King Institute of Preventive Medicine Micro-Biological Section reports 1909-11
Year: 1909
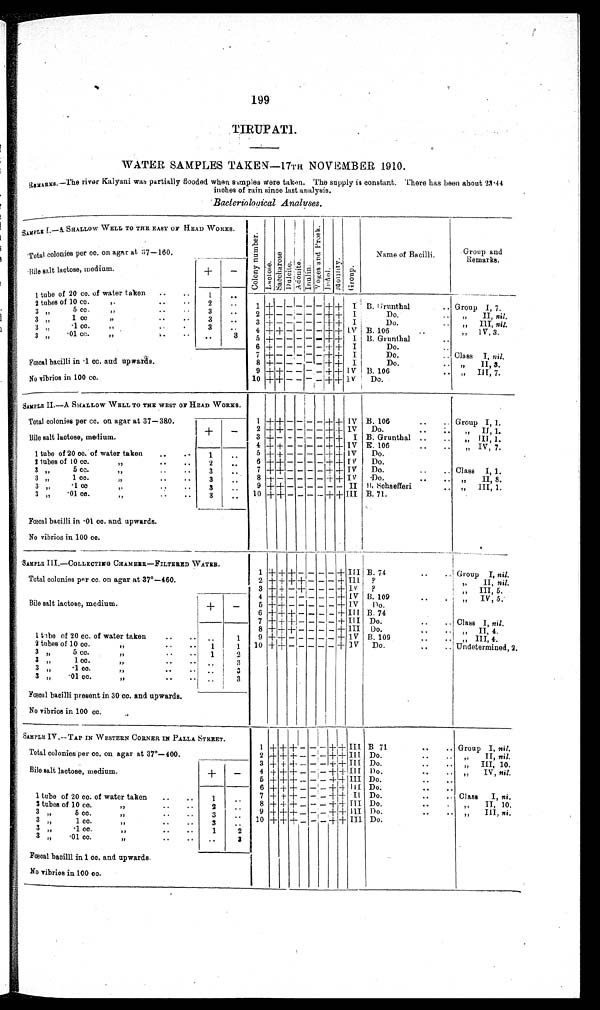
199
WATER SAMPLES TAKEN—17TH NOVEMBER 1910.
REMARKS.—The river Kalyani was partially flooded when samples were taken. The supply is constant. There has been about 23·44
inches of rain since last analysis.
Bacteriological Analyses
.
SAMPLE I.—A SHALLOW WELL TO THE EAST OF HEAD WORKS.
C o l o n y n u m b e r .
Lact ose.Sacchar os e. Dul ci t e.Adoni t e.Inulin.V o g e s a n d P r o s k . Indol.Mot i l i t y. Group.
Names of Bacilli.
Group and Remarks.
Total colonies per cc. on agar at 37–160.
Bile salt lactose, medium.
+
−
1 tube of 20 cc. of water taken
1
2 tubes of 10 cc. „
2
1
+
− − − − −
+ +
I
B. Grunthal
Group I, 7.
3
„
5 cc. „
3
2
+
− − − − −
+ +
I
Do.
„ II, nil.
3 „ 1 cc. „
3
3
+
− − − − −
+ +
I
Do.
„ III, nil.
3
„
·1 cc. „
3
4
+ +
− − − −
+ +
IV B. 106
„ IV, 3.
3
„
·01 cc. „
3
5
+
− − − − −
+ +
I B. Grunthal
6
+
− − − − −
+ +
I
Do.
7
+
− − − − −
+ +
I
Do.
Class I, nil.
Fœcal bacilli in ·1 cc. and upwards.
8
+
− − − − −
+ +
I
Do.
„ II, 3.
9
+ +
− − − −
+ +
IV B. 106
„ III, 7.
No vibrios in 100 cc.
10
+ +
− − − −
+ +
IV
Do.
SAMPLE II.—A SHALLOW WELL TO THE WEST OF HEAD WORKS.
Total colonies per cc. on agar at 37–380.
1
+ +
− − − −
+ +
IV B. 106
Group I, 1.
+
−
2
+ +
− − − −
+ +
IV
Do.
„
II,
1.
Bile salt lactose, medium.
3
+
− − − − −
+ +
I B. Grunthal
„ III, 1.
4
+ +
− − − −
+ +
IV E. 106
„ IV, 7.
1 tube of 20 cc. of water taken
1
5
+ +
− − − −
+ +
IV
Do.
2 tubes of 10 cc. ,,
2
6
+ +
− − − −
+ +
IV
Do.
3 „ 5 cc. „
3
7
+ +
− − − −
+ +
IV
Do.
Class I, 1.
3 „ 1 cc. „
3
8
+
− − − − −
+ +
IV
Do.
„ II, 8.
3 „ ·1 cc. „
3
9
+ +
− − − − − − II B. Schaefferi
„ III, 1.
3 „ ·01 cc. „
3
10
+ +
− − − −
+ +
I I I B. 71.
Fœcal bacilli in ·01 cc. and upwards.
No vibrios in 100 cc.
SAMPLE III.—COLLECTING CHAMBER—FILTERED WATER.
1
+ + +
− − − −
+
III B. 74
Group I, nil.
Total colonies per cc. on agar at 37°–460.
2
+ + + +
− − −
+
III
?
„ II, nil.
3
+ +
−
+
− − −
+
IV
?
„ III, 5.
4
+ +
− − − − −
+
IV B. 109
„ IV, 5.
Bile salt lactose, medium.
+
−
5
+ +
− − − − −
+
IV
Do.
6
+ + +
− − − −
+
III B. 74
7
+ + +
− − − −
+
III Do.
Class I, nil.
8
+ + +
− − − −
+
III Do.
,, II, 4.
1 tube of 20 cc. of water taken
1
9
+ +
− − − − −
+
IV B. 109
„
III,
4.
2 tubes of 10 cc. „
1
1
10
+ +
− − − − −
+
IV
Do.
Undetermined, 2
3
„
5 cc. „
1
2
3 „ 1 cc. „
3
3 „
·1 cc. „
3
3 „ ·01 cc. „
3
Fœcal bacilli present in 30 cc. and upwards.
No vibrios in 100 cc.
SAMPLE IV.—TAP IN WESTERN CORNER IN PALLA STREET.
1
+ + +
− − −
+ +
III
B 71
Group I, nil.
Total colonies per cc. on agar at 37°–400.
2
+ + +
− − −
+ +
III Do.
„ II, nil.
3
+ + +
− − −
+ +
III
Do.
„ III, 10.
Bile salt lactose, medium.
+
−
4
+ + +
− − −
+ +
III
Do.
„ IV, nil.
5
+ + +
− −
−
+ +
III Do.
6
+ + +
− − −
+ +
III
Do.
1 tube of 20 cc. of water taken
1
7
+ + +
− − −
+ +
II Do.
Class I, ni.
2 tubes of 10 cc. „
2
8
+ + +
− − −
+ +
III Do.
„ II, 10.
3
„
5 cc. „
3
9
+ + +
− − −
+ +
III
Do.
„
III,
ni .
3
„
1 cc. „
3
10
+ + +
− − −
+ +
III
Do.
3
„
·1 cc. „
1
2
3 „ ·01 cc. „
3
Fœcal bacilli in 1 cc. and upwards.
No vibrios in 100 cc.